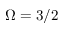
\Omega = 3 / 2